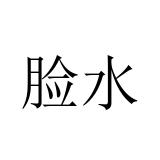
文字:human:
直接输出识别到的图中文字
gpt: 脸水